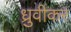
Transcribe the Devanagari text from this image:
ध्रुवीकर